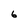
Character: 6